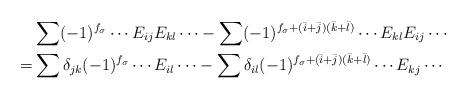
LaTeX: \begin{align*} & \sum(-1)^{f_\sigma}\cdots E_{ij}E_{kl}\cdots-\sum (-1)^{f_\sigma+(\bar i +\bar j)(\bar k +\bar l)}\cdots E_{kl}E_{ij}\cdots\\ =&\sum \delta_{jk}(-1)^{f_\sigma}\cdots E_{il}\cdots-\sum \delta_{il}(-1)^{f_\sigma+(\bar i +\bar j)(\bar k +\bar l)}\cdots E_{kj}\cdots\end{align*}